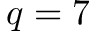
q = 7